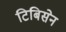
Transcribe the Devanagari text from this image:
टिबिसेन